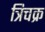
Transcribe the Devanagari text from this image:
त्रिचक्र